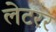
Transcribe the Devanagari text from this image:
लेटरर